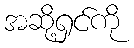
အဆို့ရှင်ကို